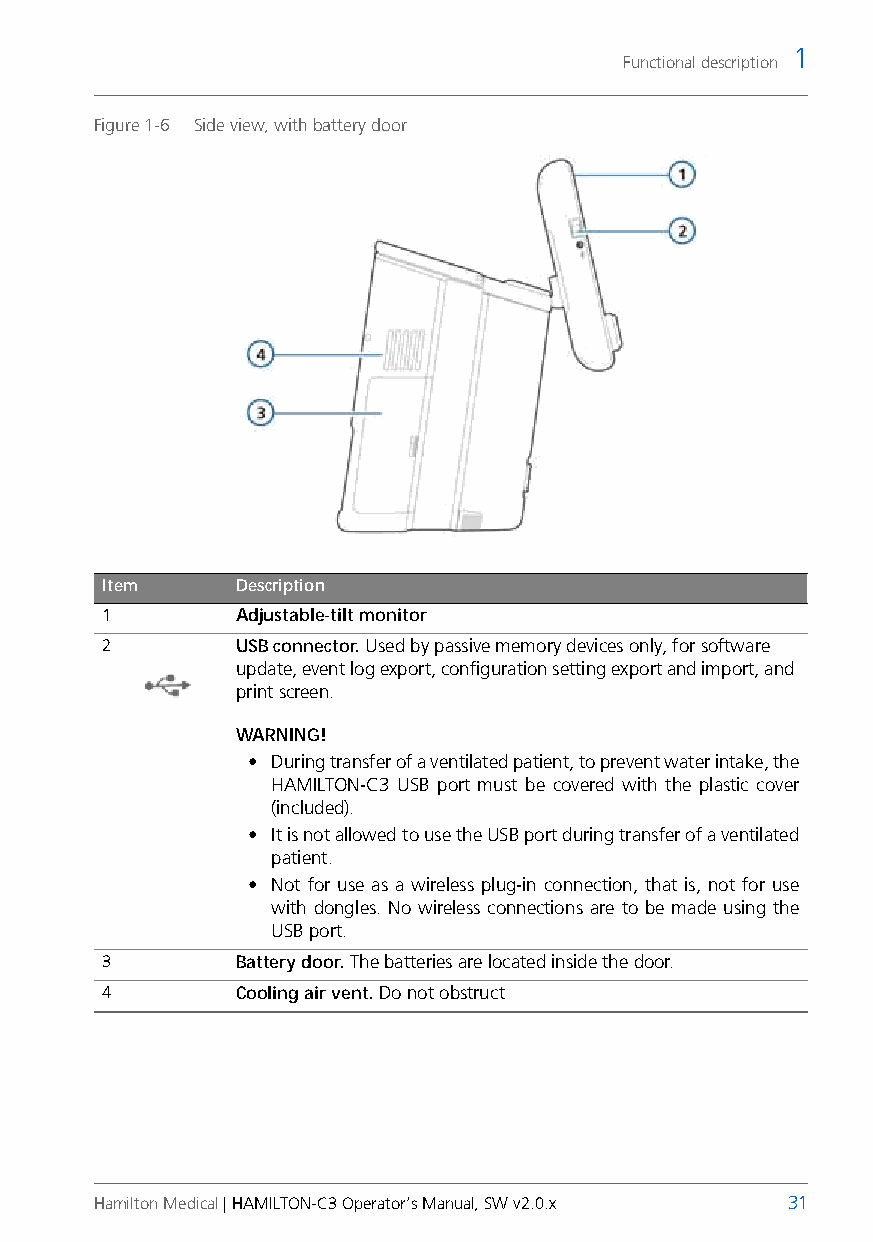
1
 Functional description
 Figure 1-6 Side view, with battery door
 Item     Description
 1        Adjustable-tilt monitor
 2        USB connector. Used by passive memory devices only, for software
 update, event log export, configuration setting export and import, and
 print screen.
 WARNING!
 • During transfer of a ventilated patient, to prevent water intake, the
 HAMILTON-C3 USB port must be covered with the plastic cover
 (included).
 • It is not allowed to use the USB port during transfer of a ventilated
 patient.
 • Not for use as a wireless plug-in connection, that is, not for use
 with dongles. No wireless connections are to be made using the
 USB port.
 3        Battery door. The batteries are located inside the door.
 4        Cooling air vent. Do not obstruct
 Hamilton Medical | HAMILTON-C3 Operator’s Manual, SW v2.0.x 31